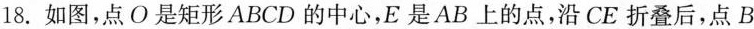
18.如图，点O是矩形ABCD的中心，E是AB上的点，沿CE折叠后，点B